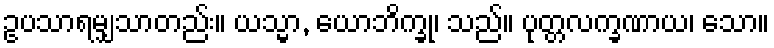
ဥပသာရမျှသာတည်း။ ယသ္မာ, ယောဘိက္ခု၊ သည်။ ပုတ္တလက္ခဏာယ၊ သော။